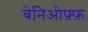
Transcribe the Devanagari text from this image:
बेनिओफ़्फ़